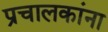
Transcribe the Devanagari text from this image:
प्रचालकांना